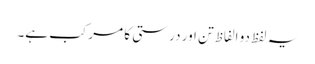
یہ لفظ دو الفاظ تن اور درستی کا مرکب ہے۔